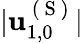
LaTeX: \vert\mathbf{u}_{1,0}^{\mathrm{~(~S~)~}}\vert